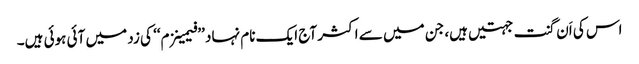
اس کی اَن گنت جہتیں ہیں، جن میں سے اکثر آج ایک نام نہاد ’’فیمینزم‘‘ کی زد میں آئی ہوئی ہیں۔